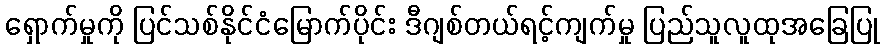
ရှောက်မှုကို ပြင်သစ်နိုင်ငံမြောက်ပိုင်း ဒီဂျစ်တယ်ရင့်ကျက်မှု ပြည်သူလူထုအခြေပြု